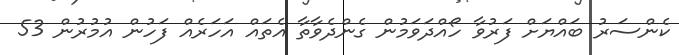
ކެންސަރު ބައްޔަށް ފަރުވާ ހޯއްދަވަމުން ގެންދެވާތާ އެތައް އަހަރެއް ފަހުން އުމުރުން 53